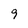
Character: 9